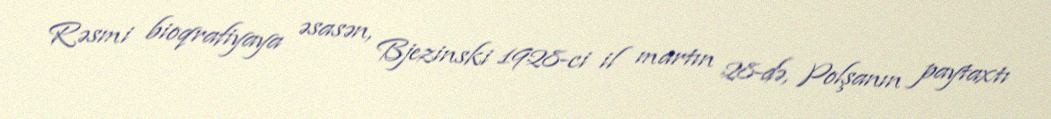
Rəsmi bioqrafiyaya əsasən, Bjezinski 1928-ci il martın 28-də, Polşanın paytaxtı